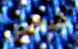
شخص